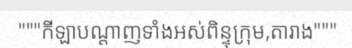
"""កីឡាបណ្តាញទាំងអស់ពិន្ទុក្រុម,តារាង"""